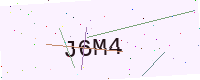
Text: J6M4